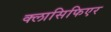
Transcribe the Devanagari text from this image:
क्लासिफिएर